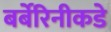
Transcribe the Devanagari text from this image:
बर्बेरिनीकडे